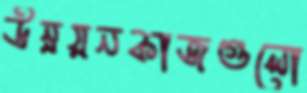
উন্নয়নকাজগুলো